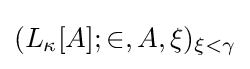
(L_{\kappa }[A];\in ,A,\xi )_{\xi <\gamma }